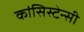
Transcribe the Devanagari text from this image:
कांसिस्टेन्सी